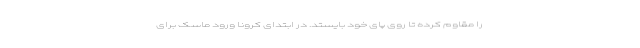
را مقاوم کرده تا روی پای خود بایستد. در ابتدای کرونا ورود ماسک برای